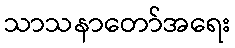
သာသနာတော်အရေး